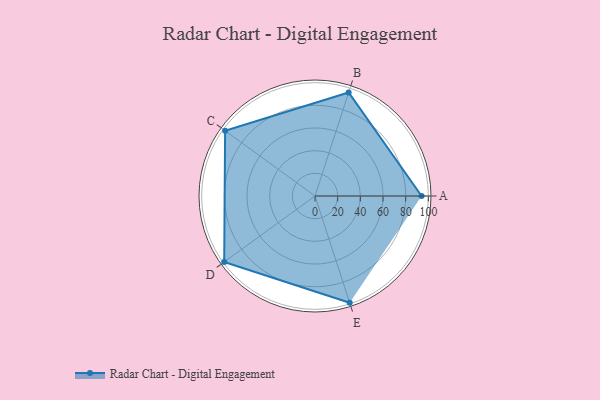
{"axis": {"x": "Skill", "y": "Score"}, "legend": ["Profile"], "data": [{"x": "A", "y": 94.0, "type": "Profile"}, {"x": "B", "y": 96.0, "type": "Profile"}, {"x": "C", "y": 98.0, "type": "Profile"}, {"x": "D", "y": 99, "type": "Profile"}, {"x": "E", "y": 99, "type": "Profile"}]}